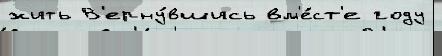
жить В'ерну́вшись вм'е́ст'е году